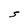
Character: S